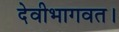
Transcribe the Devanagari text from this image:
देवीभागवत।